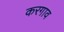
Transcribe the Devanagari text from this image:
करगाव